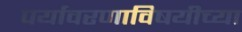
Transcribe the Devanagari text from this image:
पर्यावरणाविषयीच्या